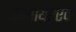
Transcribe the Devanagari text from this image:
स्क्वायरएक